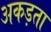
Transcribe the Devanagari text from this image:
अकड़ता